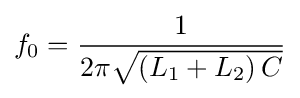
f_{0}={\frac {1}{2\pi {\sqrt {\left(L_{1}+L_{2}\right)C}}}}